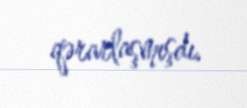
qərarlaşmışdı.